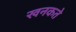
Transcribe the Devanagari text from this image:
खनकते